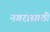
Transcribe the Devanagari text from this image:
नगरासाठी